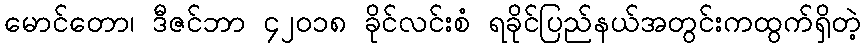
မောင်တော၊ ဒီဇင်ဘာ ၄၂၀၁၈ ခိုင်လင်းစံ ရခိုင်ပြည်နယ်အတွင်းကထွက်ရှိတဲ့